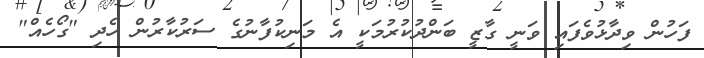
ފަހުން ވިދާޅުވެފައި ވަނީ ގާޒީ ބަންދުކުރުމަކީ އެ މަނިކުފާނުގެ ސަރުކާރުން ހެދި "ގޯހެއް"